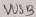
Text: VUSB